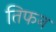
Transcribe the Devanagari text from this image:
तिफन